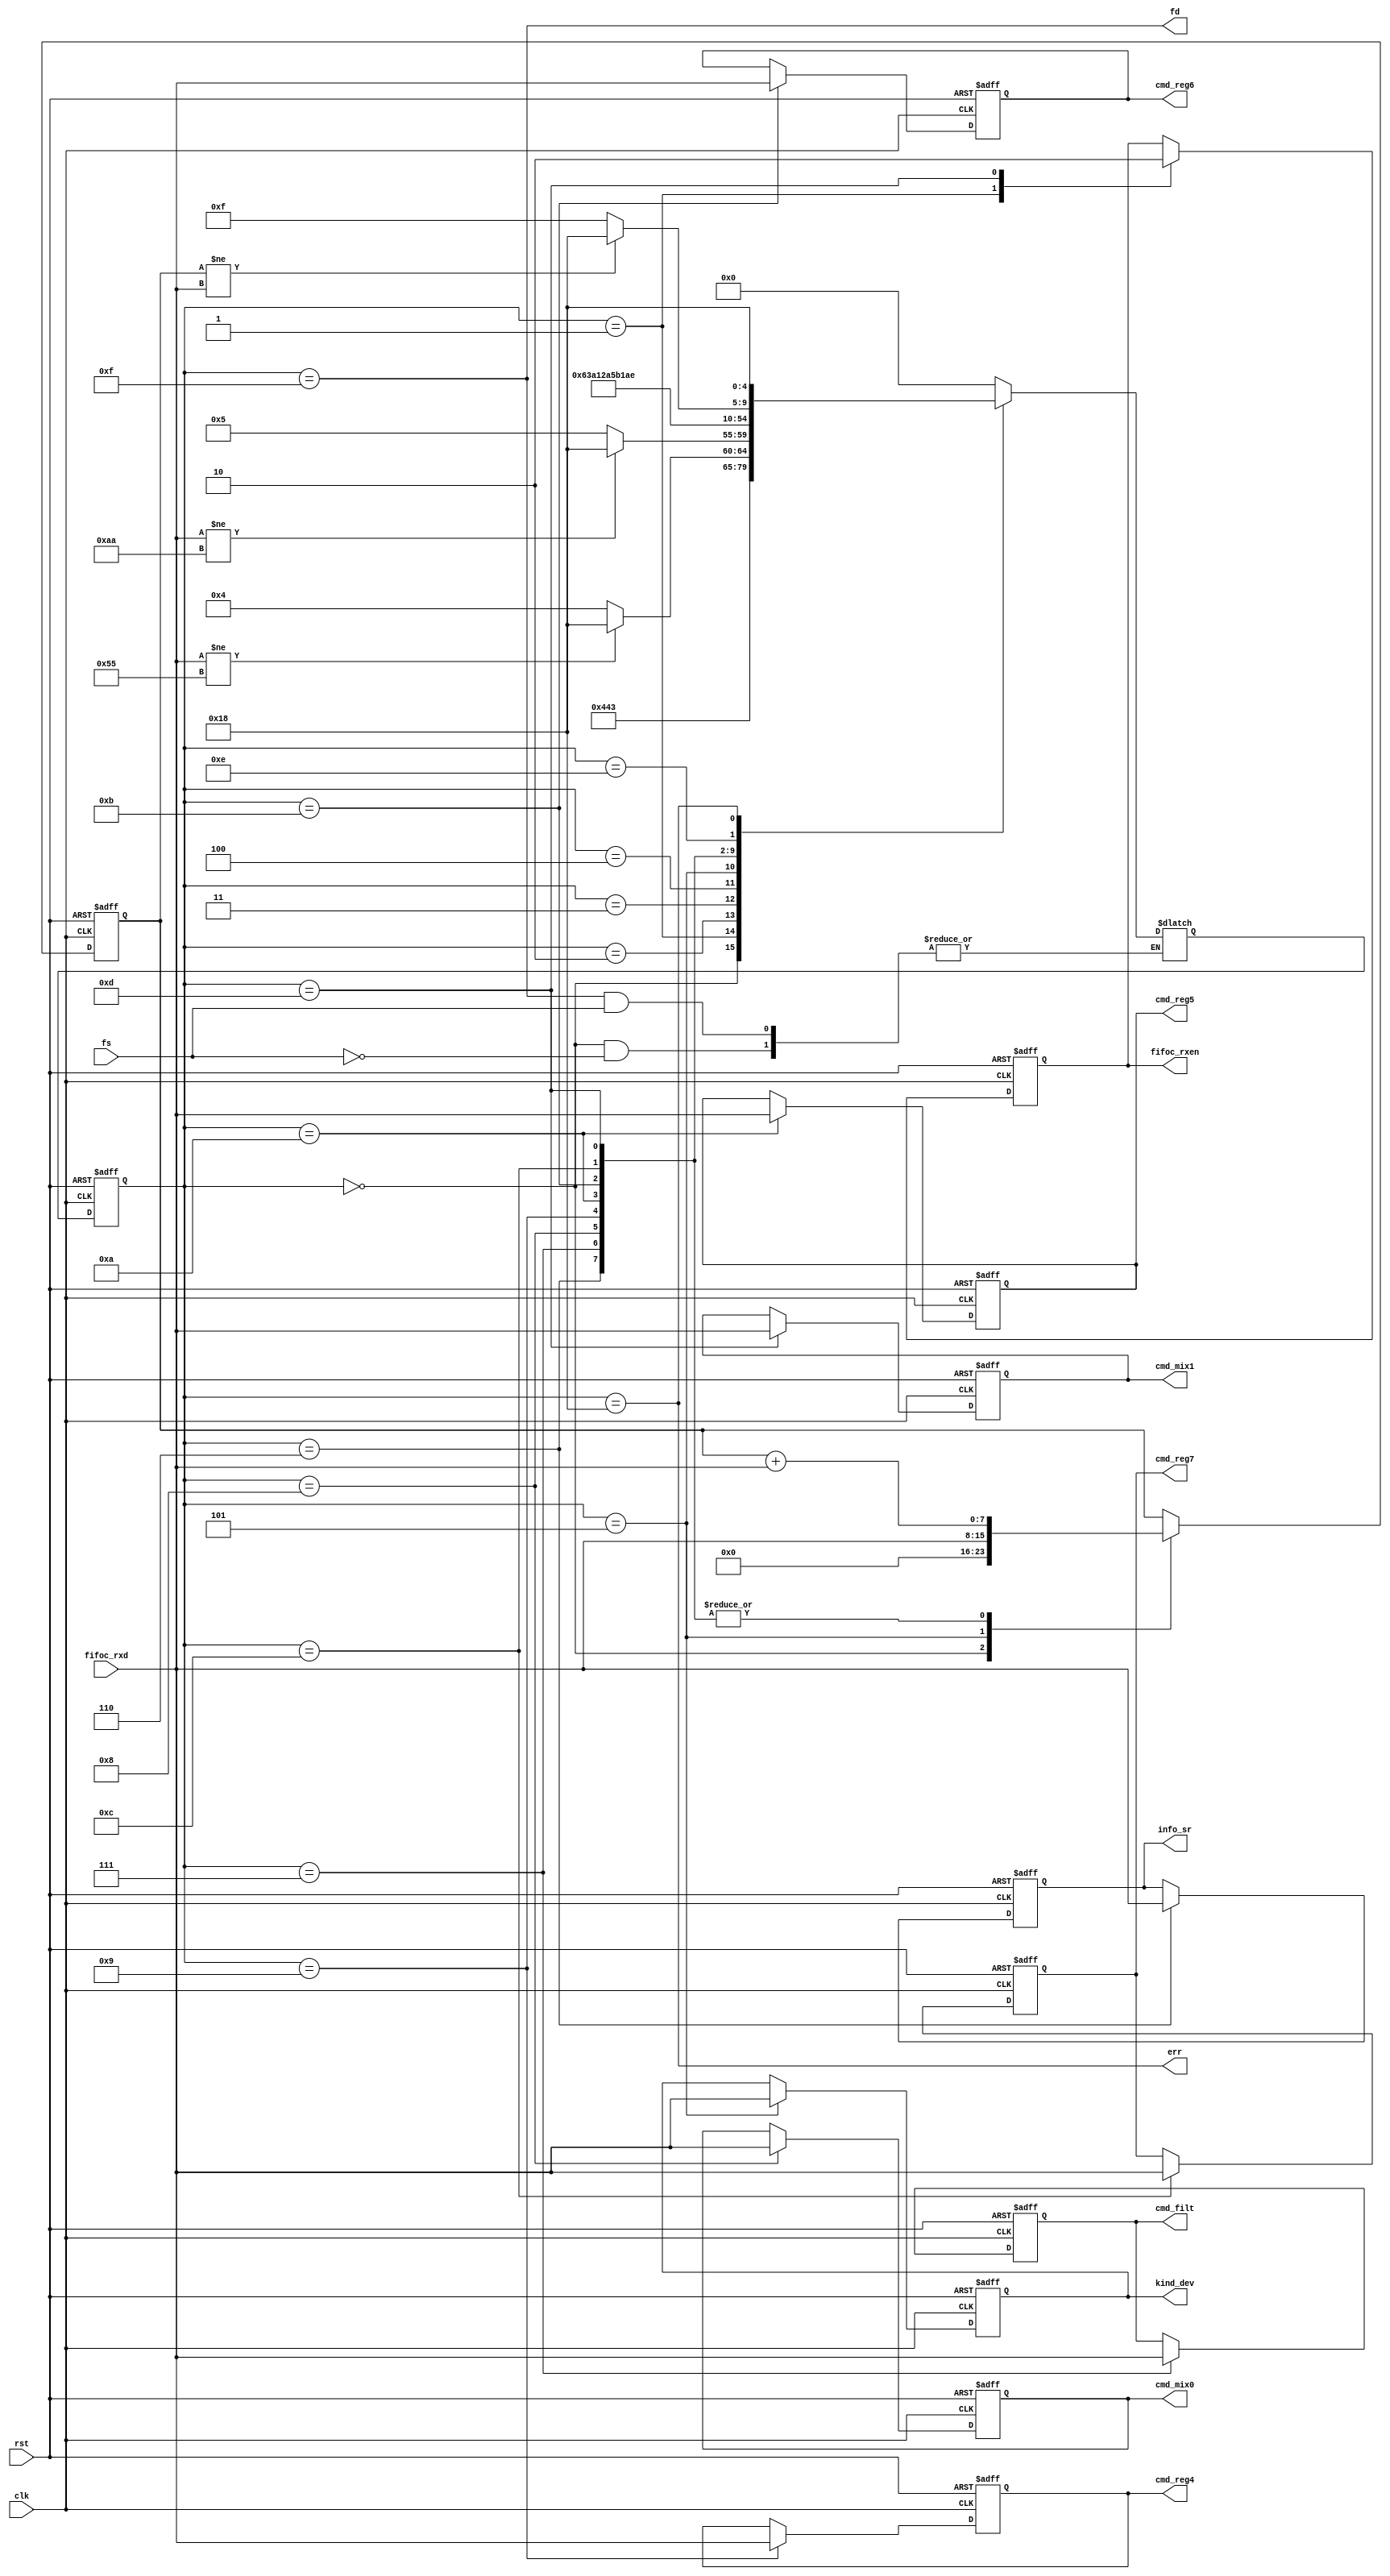
module fifoc2cs ( // WRITE_DONE
    input clk,
    input rst,
    output err,

    input fs,
    output fd,

    output reg fifoc_rxen,
    input [7:0] fifoc_rxd,

    output reg [7:0] kind_dev,
    output reg [7:0] info_sr, // SAMPLE_RATE
    output reg [7:0] cmd_filt,
    output reg [7:0] cmd_mix0,
    output reg [7:0] cmd_mix1,
    output reg [7:0] cmd_reg4,
    output reg [7:0] cmd_reg5,
    output reg [7:0] cmd_reg6,
    output reg [7:0] cmd_reg7
);


reg [7:0] check;
reg [4:0] state, next_state;
localparam IDLE = 5'h0, PRE0 = 5'h1, PRE1 = 5'h2, HED0 = 5'h3;
localparam HED1 = 5'h4, CMD0 = 5'h5, CMD1 = 5'h6, CMD2 = 5'h7;
localparam CMD3 = 5'h8, CMD4 = 5'h9, CMD5 = 5'hA, CMD6 = 5'hB;
localparam CMD7 = 5'hC, CMD8 = 5'hD, PART = 5'hE, LAST = 5'hF;
localparam ERR = 5'h18;

assign fd = (state == LAST);
assign err = (state == ERR);

always@(posedge clk or posedge rst)begin // next_state => state
    if(rst)begin
        state <= IDLE;
    end
    else begin
        state <= next_state;
    end
end

always@(*) begin // state 
    case(state) 
        IDLE: if(fs) next_state <= PRE0;
        PRE0: next_state <= PRE1;
        PRE1: next_state <= HED0;
        HED0: begin
            if(fifoc_rxd != 8'h55) begin
                next_state  <= ERR;
            end
            else begin
                next_state <= HED1;
            end
        end
        HED1: begin
            if(fifoc_rxd != 8'hAA) begin
                next_state  <= ERR;
            end
            else begin
                next_state <= CMD0;
            end
        end
        CMD0: next_state <= CMD1;
        CMD1: next_state <= CMD2;
        CMD2: next_state <= CMD3;
        CMD3: next_state <= CMD4;
        CMD4: next_state <= CMD5;
        CMD5: next_state <= CMD6;
        CMD6: next_state <= CMD7;
        CMD7: next_state <= CMD8;
        CMD8: next_state <= PART;
        PART: begin
            if(check != fifoc_rxd) begin
                next_state <= ERR;
            end
            else begin
                next_state <= LAST;
            end
        end
        ERR: next_state <= ERR;
        LAST: if(fs == 1'b0) next_state <= IDLE;
        default: next_state <= IDLE;
    endcase
end

always@(posedge clk or posedge rst) begin
    if(rst) begin
        check <= 8'h0;
        fifoc_rxen <= 1'b0;
        kind_dev <= 8'h0;
        info_sr <= 8'h0;
        cmd_filt <= 8'h0;
        cmd_mix0 <= 8'h0;
        cmd_mix1 <= 8'h0;
        cmd_reg4 <= 8'h0;
        cmd_reg5 <= 8'h0;
        cmd_reg6 <= 8'h0;
        cmd_reg7 <= 8'h0;
    end
    else begin
        case(state)
            IDLE: begin
                check <= 8'h0;
            end
            PRE0: begin
                fifoc_rxen <= 1'b1;
            end
            PRE1: begin
                fifoc_rxen <= fifoc_rxen; 
            end
            CMD0: begin
                kind_dev <= fifoc_rxd;
                check <= fifoc_rxd;
            end
            CMD1: begin
                info_sr <= fifoc_rxd;
                check <= check + fifoc_rxd;
            end
            CMD2: begin
                cmd_filt <= fifoc_rxd;
                check <= check + fifoc_rxd;
            end
            CMD3: begin
                cmd_mix0 <= fifoc_rxd;
                check <= check + fifoc_rxd;
            end
            CMD4: begin
                cmd_reg4 <= fifoc_rxd;
                check <= check + fifoc_rxd;
            end
            CMD5: begin
                cmd_reg5 <= fifoc_rxd;
                check <= check + fifoc_rxd;
            end
            CMD6: begin
                cmd_reg6 <= fifoc_rxd;
                check <= check + fifoc_rxd;
            end
            CMD7: begin
                cmd_reg7 <= fifoc_rxd;
                check <= check + fifoc_rxd;
            end
            CMD8: begin
                cmd_mix1 <= fifoc_rxd;
                check <= check + fifoc_rxd;
                fifoc_rxen <= 1'b0;
            end
            default: check <= check;
        endcase
    end
    
end

endmodule